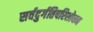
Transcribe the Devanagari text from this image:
सर्वदुर्गतिपरिशोधन